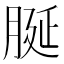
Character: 脠